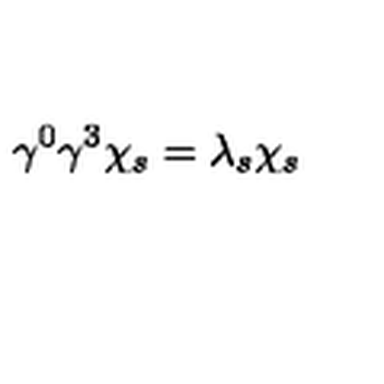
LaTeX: \gamma ^ { 0 } \gamma ^ { 3 } \chi _ { s } = \lambda _ { s } \chi _ { s } \,